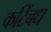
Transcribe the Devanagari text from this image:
कटिंबध